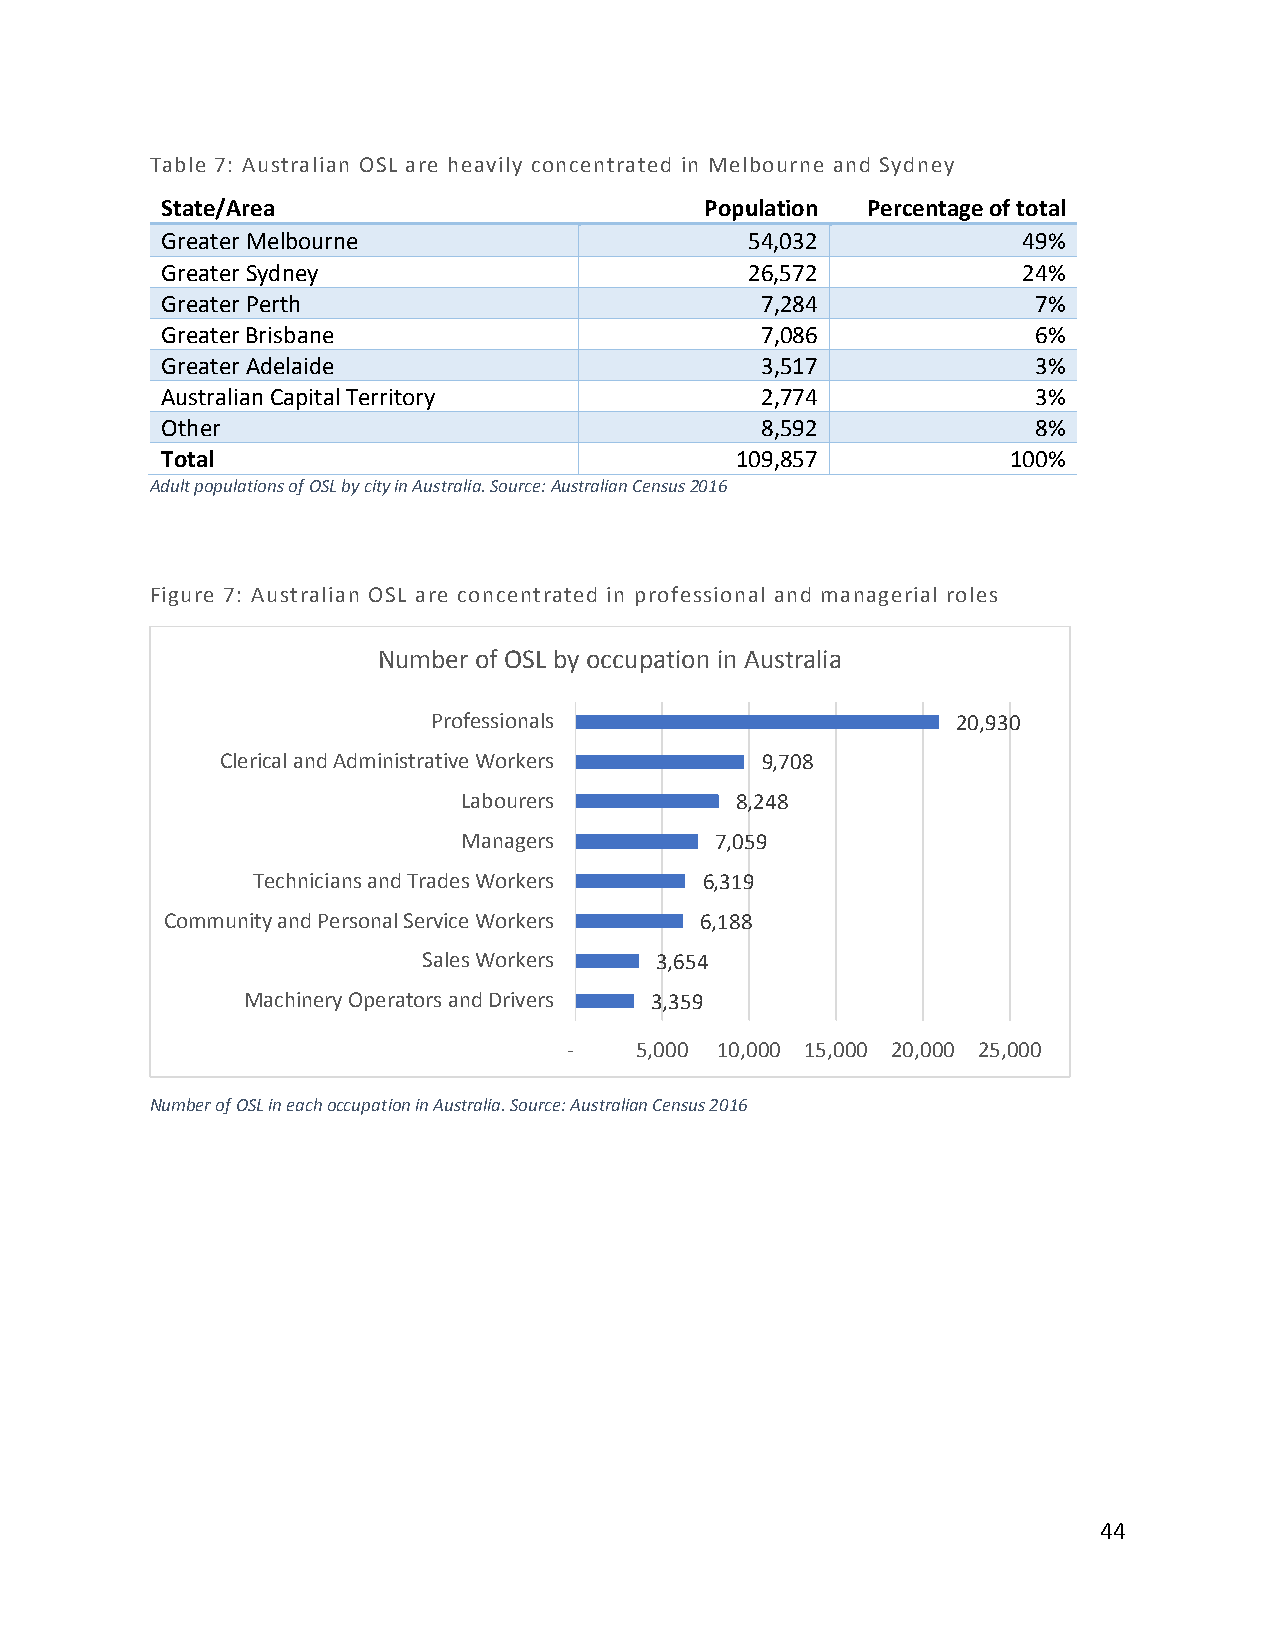
Table 7: Australian OSL are heavily concentrated in Melbourne and Sydney
 State/Area                          Population Percentage of total
 Greater Melbourne                      54,032            49%
 Greater Sydney                         26,572            24%
 Greater Perth                          7,284              7%
 Greater Brisbane                       7,086              6%
 Greater Adelaide                       3,517              3%
 Australian Capital Territory           2,774              3%
 Other                                  8,592              8%
 Total                                 109,857           100%
 Adult populations of OSL by city in Australia. Source: Australian Census 2016
 Figure 7: Australian OSL are concentrated in professional and managerial roles
 Number of OSL by occupation in Australia
 Professionals                     20,930
 Clerical and Administrative Workers 9,708
 Labourers         8,248
 Managers        7,059
 Technicians and Trades Workers 6,319
 Community and Personal Service Workers 6,188
 Sales Workers  3,654
 Machinery Operators and Drivers 3,359
 -   5,000 10,000 15,000 20,000 25,000
 Number of OSL in each occupation in Australia. Source: Australian Census 2016
 44